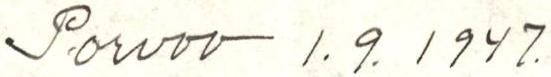
Porvoo 1.9.1947.